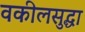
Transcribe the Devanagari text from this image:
वकीलसुद्धा